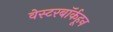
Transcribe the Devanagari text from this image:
वेस्टरबॉर्कहून